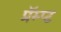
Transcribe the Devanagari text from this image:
प्रॅम्प्ट